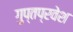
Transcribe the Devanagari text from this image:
गुप्तप्रवेश